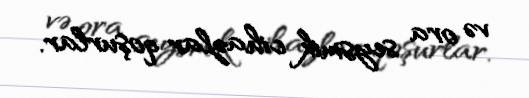
və ora seysmik cihazlar qoşurlar.